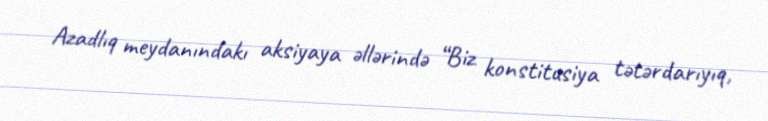
Azadlıq meydanındakı aksiyaya əllərində “Biz konstitusiya tətərdarıyıq,